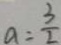
a = \frac { 3 } { 2 }